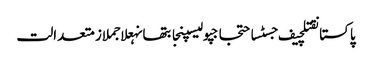
پاکستانقتلچیف جسٹساحتجاجپولیسپنجابتھانہعلاجملازمتعدالت